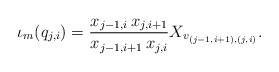
LaTeX: \begin{align*} \iota_m(q_{j,i}) = \frac{x_{j-1,i} \, x_{j,i+1}}{x_{j-1,i+1}\, x_{j,i}} X_{v_{(j-1,i+1),(j,i)}}.\end{align*}